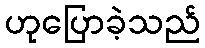
ဟုပြောခဲ့သည်